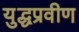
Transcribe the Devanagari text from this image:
युद्धप्रवीण